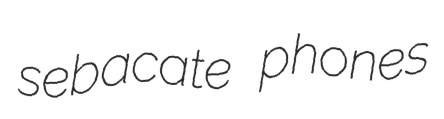
sebacate phones